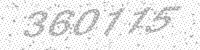
Solution: 360115